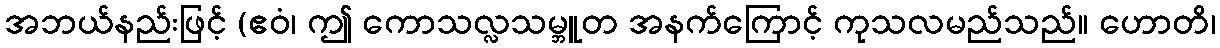
အဘယ်နည်းဖြင့် (ဧဝံ၊ ဤ ကောသလ္လသမ္ဘူတ အနက်ကြောင့် ကုသလမည်သည်။ ဟောတိ၊